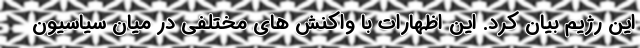
این رژیم بیان کرد. این اظهارات با واکنش های مختلفی در میان سیاسیون